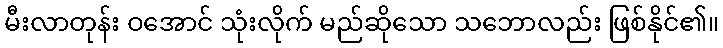
မီးလာတုန်း ဝအောင် သုံးလိုက် မည်ဆိုသော သဘောလည်း ဖြစ်နိုင်၏။